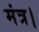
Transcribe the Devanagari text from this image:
मंत्र।